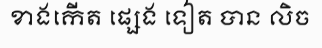
ខាងកើត ផ្សេង ទៀត បាន លិច